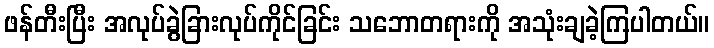
ဖန်တီးပြီး အလုပ်ခွဲခြားလုပ်ကိုင်ခြင်း သဘောတရားကို အသုံးချခဲ့ကြပါတယ်။